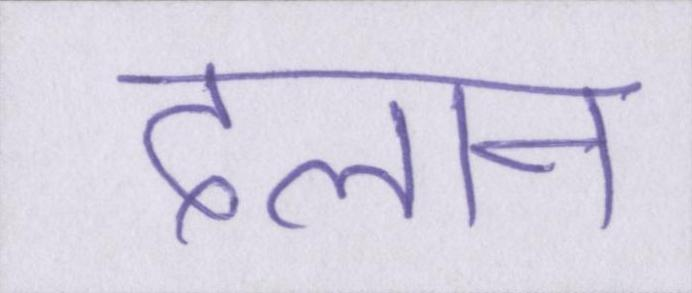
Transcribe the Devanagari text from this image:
दलान